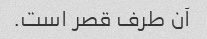
آن طرف قصر است.